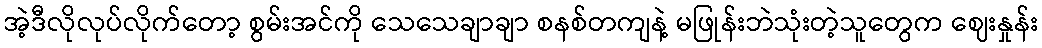
အဲ့ဒီလိုလုပ်လိုက်တော့ စွမ်းအင်ကို သေသေချာချာ စနစ်တကျနဲ့ မဖြုန်းဘဲသုံးတဲ့သူတွေက ဈေးနှုန်း